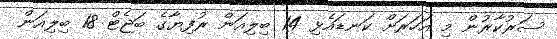
ސަރުކާރުން މި އަހަރަށް ކަނޑައެޅި 14 ބިލިއަން ރުފިޔާގެ ބަޖެޓް 18 ބިލިއަން